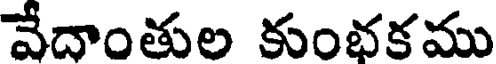
వేదాంతుల కుంభకము